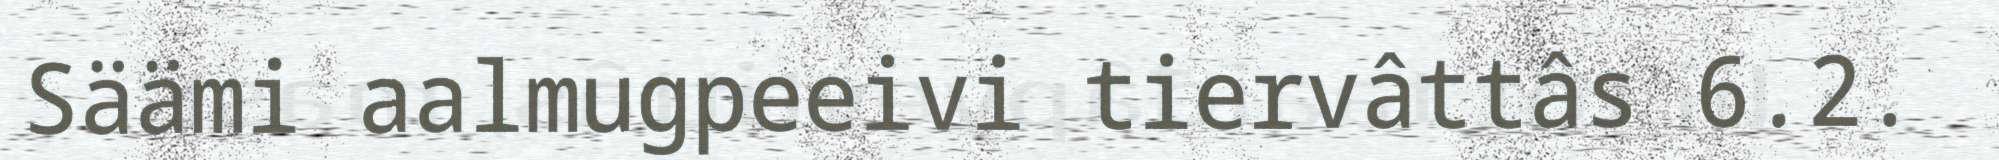
Säämi aalmugpeeivi tiervâttâs 6.2.